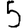
Digit: 5